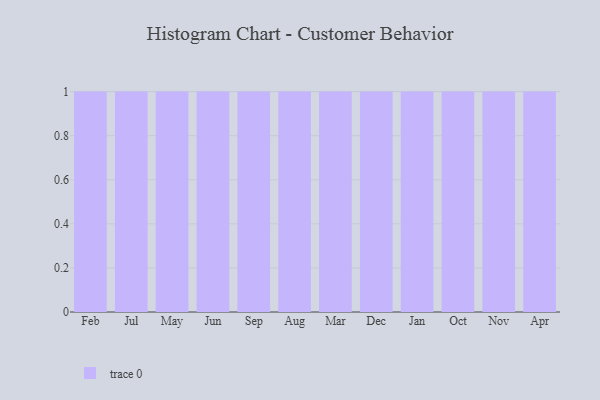
{"axis": {"x": "Month", "y": "Latency (ms)"}, "legend": [""], "data": [{"x": "Feb", "y": 18, "type": ""}, {"x": "Jul", "y": 29, "type": ""}, {"x": "May", "y": 5, "type": ""}, {"x": "Jun", "y": 41, "type": ""}, {"x": "Sep", "y": 85, "type": ""}, {"x": "Aug", "y": 62, "type": ""}, {"x": "Mar", "y": 39, "type": ""}, {"x": "Dec", "y": 45, "type": ""}, {"x": "Jan", "y": 65, "type": ""}, {"x": "Oct", "y": 2, "type": ""}, {"x": "Nov", "y": 45, "type": ""}, {"x": "Apr", "y": 47, "type": ""}]}